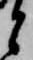
と